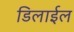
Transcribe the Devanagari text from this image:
डिलाईल